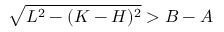
\sqrt { L ^ { 2 } - ( K - H ) ^ { 2 } } > B - A